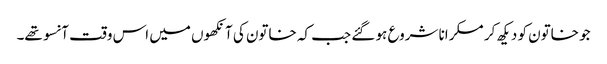
جو خاتون کو دیکھ کر مسکرانا شروع ہو گئے جب کہ خاتون کی آنکھوں میں اس وقت آنسو تھے۔